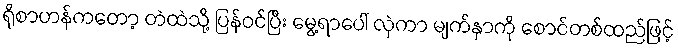
ရိုစာဟန်ကတော့ တဲထဲသို့ ပြန်ဝင်ပြီး မွေ့ရာပေါ် လှဲကာ မျက်နှာကို စောင်တစ်ထည်ဖြင့်